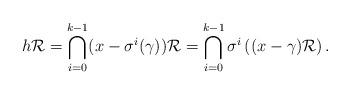
LaTeX: \begin{align*}h \mathcal{R} = \bigcap_{i=0}^{k-1} (x - \sigma^i(\gamma)) \mathcal{R} = \bigcap_{i=0}^{k-1} \sigma^i \left( (x - \gamma) \mathcal{R} \right).\end{align*}